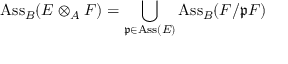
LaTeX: \operatorname { A s s } _ { B } ( E \otimes _ { A } F ) = \bigcup _ { { \mathfrak { p } } \in \operatorname { A s s } ( E ) } \operatorname { A s s } _ { B } ( F / { \mathfrak { p } } F )